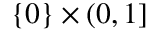
\{ 0 \} \times ( 0 , 1 ]